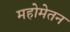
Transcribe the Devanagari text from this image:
महोमेतन